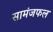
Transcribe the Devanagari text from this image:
सामंजफल